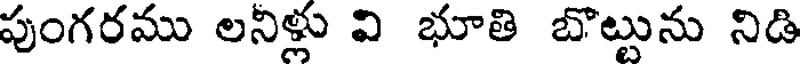
పుంగరము లనిళ్లు వి భూతి బొట్టును నిడి